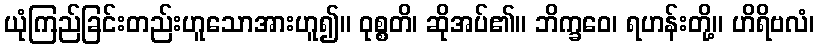
ယုံကြည်ခြင်းတည်းဟူသောအားဟူ၍။ ဝုစ္စတိ၊ ဆိုအပ်၏။ ဘိက္ခဝေ၊ ရဟန်းတို့။ ဟိရိဗလံ၊